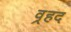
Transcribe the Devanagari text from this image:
व्रहद